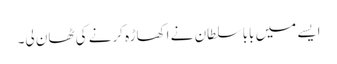
ایسے میں بابا سلطان نے اکھاڑہ کرنے کی ٹھان لی۔